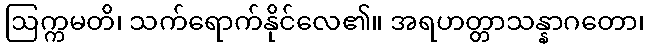
ဩက္ကမတိ၊ သက်ရောက်နိုင်လေ၏။ အရဟတ္တာသန္နာဂတော၊